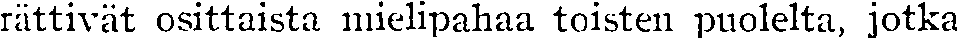
rättivät osittaista mielipahaa toisten puolelta, jotka